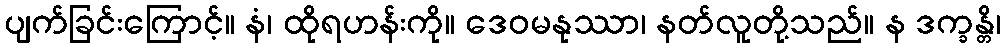
ပျက်ခြင်းကြောင့်။ နံ၊ ထိုရဟန်းကို။ ဒေဝမနုဿာ၊ နတ်လူတို့သည်။ န ဒက္ခန္တိ၊